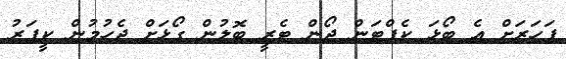
ފަހަރަށް އެ ބޯޅަ ކެޕްޓަން ޖޯން ޓެރީ ބޮލުން ގޯޅަށް ޖެހުމުން ކީޕަރު